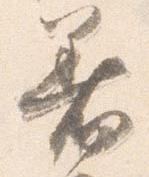
着